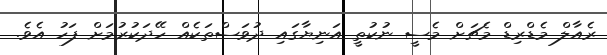
ރެއާލް މެޑްރިޑް މެޗަށް މެސީ ނުކުތީ އަނިޔާގައި ދުވަސްތަކެއް ހޭދަކުރުމަށް ފަހު އެވެ.